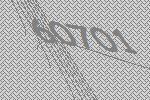
60701